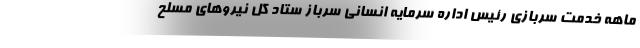
ماهه خدمت سربازی رئیس اداره سرمایه انسانی سرباز ستاد کل نیروهای مسلح